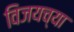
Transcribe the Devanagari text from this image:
विजयच्या